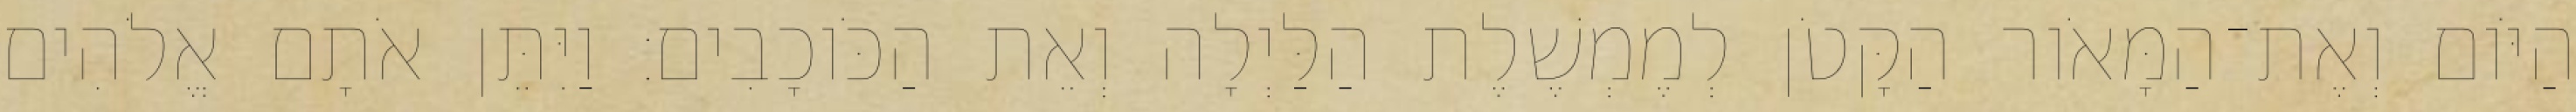
הַיֹּום וְאֶת־הַמָּאֹור הַקָּטֹן לְמֶמְשֶׁלֶת הַלַּיְלָה וְאֵת הַכֹּוכָבִים׃ וַיִּתֵּן אֹתָם אֱלֹהִים